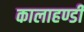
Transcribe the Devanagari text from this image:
कालाहण्डी